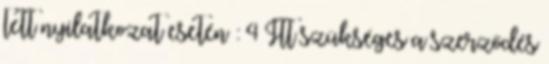
tett nyilatkozat esetén : 4 Itt szükséges a szerződés